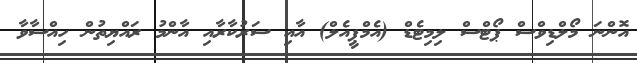
އޮންނަ މޯލްޑިވްސް ޕޯޓްސް ލިމިޓެޑް (އެމްޕީއެލް) އާއި ސަރުކާރާއި އާންމު ރައްޔިތުން ހިއްސާވާ